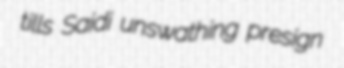
tills Saidi unswathing presign